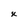
Character: x